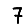
Digit: 7